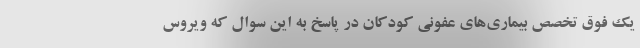
یک فوق تخصص بیماری‌های عفونی کودکان در پاسخ به این سوال که ویروس